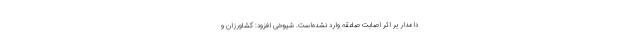
دامدار بر اثر اصابت صاعقه وارد نشده‌است. شیوخی افزود: کشاورزان و